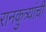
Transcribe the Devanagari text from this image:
रानकुत्र्यांची